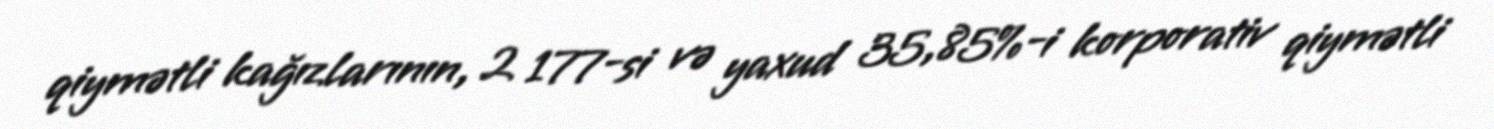
qiymətli kağızlarının, 2 177-si və yaxud 35,85%-i korporativ qiymətli